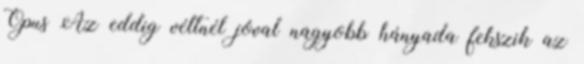
Opus Az eddig véltnél jóval nagyobb hányada fekszik az